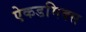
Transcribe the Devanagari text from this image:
ऐकडमिक्स